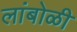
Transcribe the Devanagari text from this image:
लांबोळी